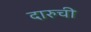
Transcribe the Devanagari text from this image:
दारुची